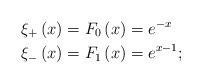
LaTeX: \begin{align*}\xi_{+}\left(x\right) & =F_{0}\left(x\right)=e^{-x}\\\xi_{-}\left(x\right) & =F_{1}\left(x\right)=e^{x-1};\end{align*}